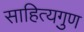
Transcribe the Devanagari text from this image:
साहित्यगुण